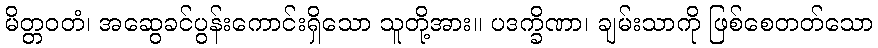
မိတ္တဝတံ၊ အဆွေခင်ပွန်းကောင်းရှိသော သူတို့အား။ ပဒက္ခိဏာ၊ ချမ်းသာကို ဖြစ်စေတတ်သော